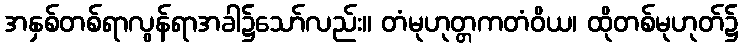
အနှစ်တစ်ရာလွန်ရာအခါ၌သော်လည်း။ တံမုဟုတ္တကတံဝိယ၊ ထိုတစ်မုဟုတ်၌